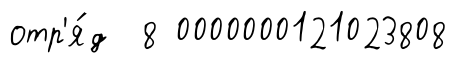
отр'я́д 8 0000000121023808